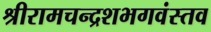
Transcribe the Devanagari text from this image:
श्रीरामचन्द्रशभगवंस्तव